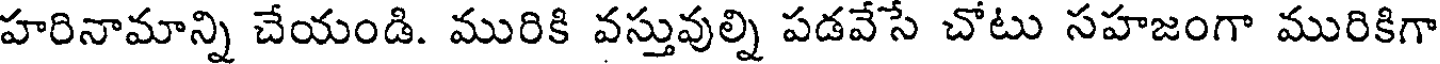
హరినామాన్ని చేయండి. మురికి వస్తువుల్ని పడవేసే చోటు సహజంగా మురికిగా